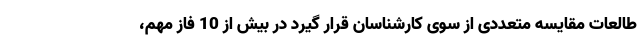
طالعات مقایسه متعددی از سوی کارشناسان قرار گیرد در بیش از 10 فاز مهم،